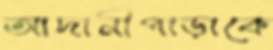
আদানীপাড়াকে